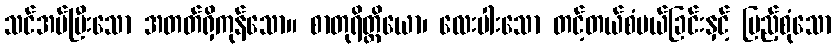
သင်အပ်ပြီးသော အတတ်ရှိကုန်သော။ စာတုရိတ္ထိယော၊ လေးပါးသော တင့်တယ်စံပယ်ခြင်းနှင့် ပြည့်စုံသော